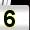
Digit: 5